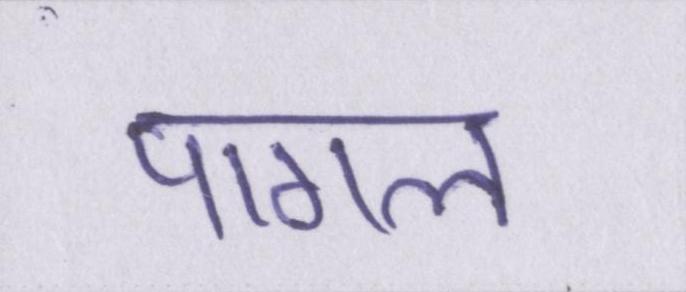
पागल